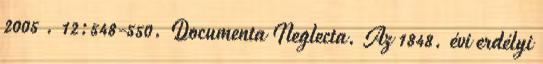
2005 . 12:548-550. Documenta Neglecta. Az 1848. évi erdélyi